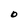
Character: O